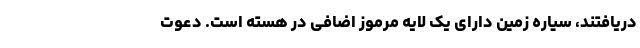
دریافتند، سیاره زمین دارای یک لایه مرموز اضافی در هسته است. دعوت